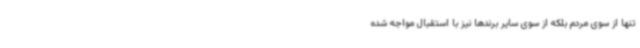
تنها از سوی مردم بلکه از سوی سایر برندها نیز با استقبال مواجه شده